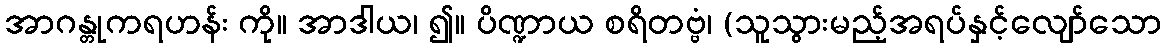
အာဂန္တုကရဟန်း ကို။ အာဒါယ၊ ၍။ ပိဏ္ဍာယ စရိတဗ္ဗံ၊ (သူသွားမည့်အရပ်နှင့်လျော်သော